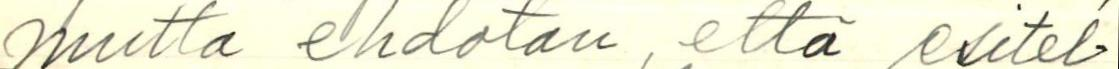
mutta ehdotan, että esitel